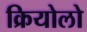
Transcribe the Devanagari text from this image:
क्रियोलो